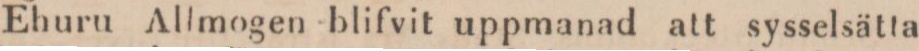
Ehuru Allmogen blifvit uppmanad att sysselsätta